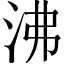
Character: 沸